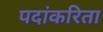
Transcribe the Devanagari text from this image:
पदांकरिता